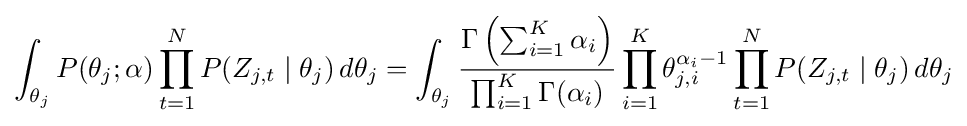
\int _{\theta _{j}}P(\theta _{j};\alpha )\prod _{t=1}^{N}P(Z_{j,t}\mid \theta _{j})\,d\theta _{j}=\int _{\theta _{j}}{\frac {\Gamma \left(\sum _{i=1}^{K}\alpha _{i}\right)}{\prod _{i=1}^{K}\Gamma (\alpha _{i})}}\prod _{i=1}^{K}\theta _{j,i}^{\alpha _{i}-1}\prod _{t=1}^{N}P(Z_{j,t}\mid \theta _{j})\,d\theta _{j}